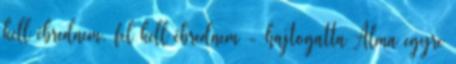
kell ébrednem, fel kell ébrednem - hajtogatta Alma egyre